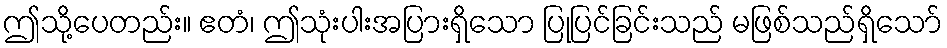
ဤသို့ပေတည်း။ ဧတံ၊ ဤသုံးပါးအပြားရှိသော ပြုပြင်ခြင်းသည် မဖြစ်သည်ရှိသော်